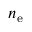
n _ { \mathrm { e } }